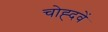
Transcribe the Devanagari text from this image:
चोह्दवें